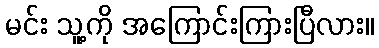
မင်း သူ့ကို အကြောင်းကြားပြီလား။